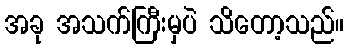
အခု အသက်ကြီးမှပဲ သိတော့သည်။